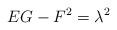
LaTeX: \begin{align*}EG-F^2=\lambda^2\end{align*}